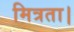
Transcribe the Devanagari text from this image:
मित्रता।